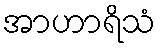
အာဟာရိသံ